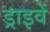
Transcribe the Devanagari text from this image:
ड्राइवें